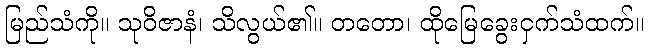
မြည်သံကို။ သုဝိဇာနံ၊ သိလွယ်၏။ တတော၊ ထိုမြေခွေးငှက်သံထက်။